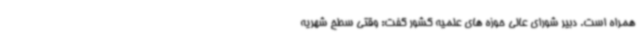
همراه است. دبیر شورای عالی حوزه های علمیه کشور گفت: وقتی سطح شهریه